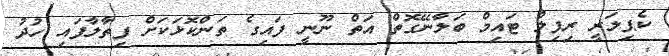
ކެޕިލަރީ ރިފިލް ޓައިމް ބަލާނޭގޮތް އަތް ނޫނީ ފައިގެ ތަންކޮޅަކަށް ފިތާލާފައި ހުދު